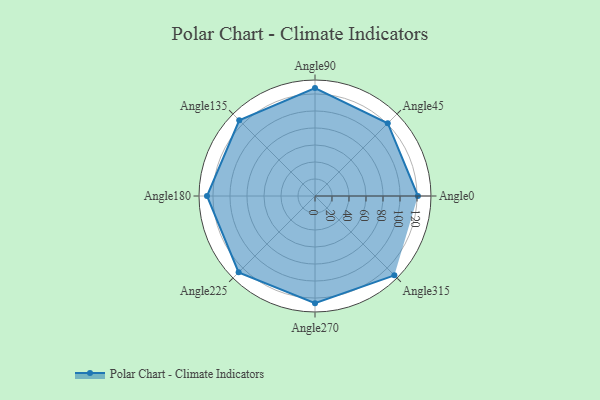
{"axis": {"x": "Angle", "y": "Radius"}, "legend": [""], "data": [{"x": "Angle0", "y": 121.0, "type": ""}, {"x": "Angle45", "y": 121.0, "type": ""}, {"x": "Angle90", "y": 127.0, "type": ""}, {"x": "Angle135", "y": 126.0, "type": ""}, {"x": "Angle180", "y": 127.0, "type": ""}, {"x": "Angle225", "y": 127.0, "type": ""}, {"x": "Angle270", "y": 126.0, "type": ""}, {"x": "Angle315", "y": 132.0, "type": ""}]}